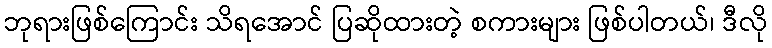
ဘုရားဖြစ်ကြောင်း သိရအောင် ပြဆိုထားတဲ့ စကားများ ဖြစ်ပါတယ်၊ ဒီလို